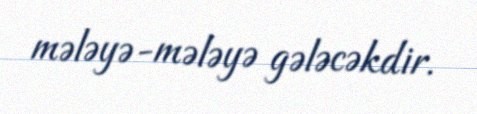
mələyə-mələyə gələcəkdir.